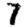
Digit: 7